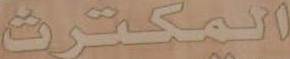
المكترث